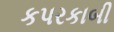
કપરકાબી